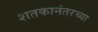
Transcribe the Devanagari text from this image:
शतकानंतरच्या